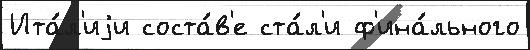
Ита́л'иjи соста́в'е ста́л'и ф'ина́льного